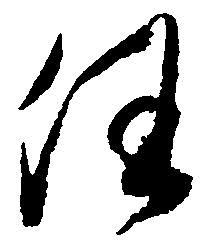
任